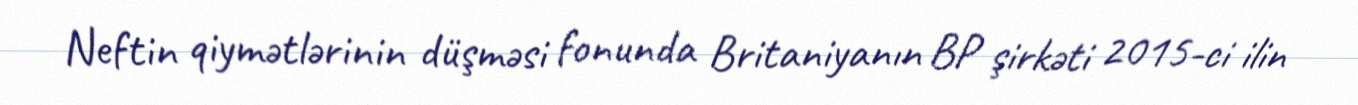
Neftin qiymətlərinin düşməsi fonunda Britaniyanın BP şirkəti 2015-ci ilin